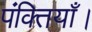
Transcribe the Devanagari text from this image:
पंक्तियाँ।